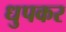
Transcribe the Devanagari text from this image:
धुपकर